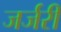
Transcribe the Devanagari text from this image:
जर्जरी